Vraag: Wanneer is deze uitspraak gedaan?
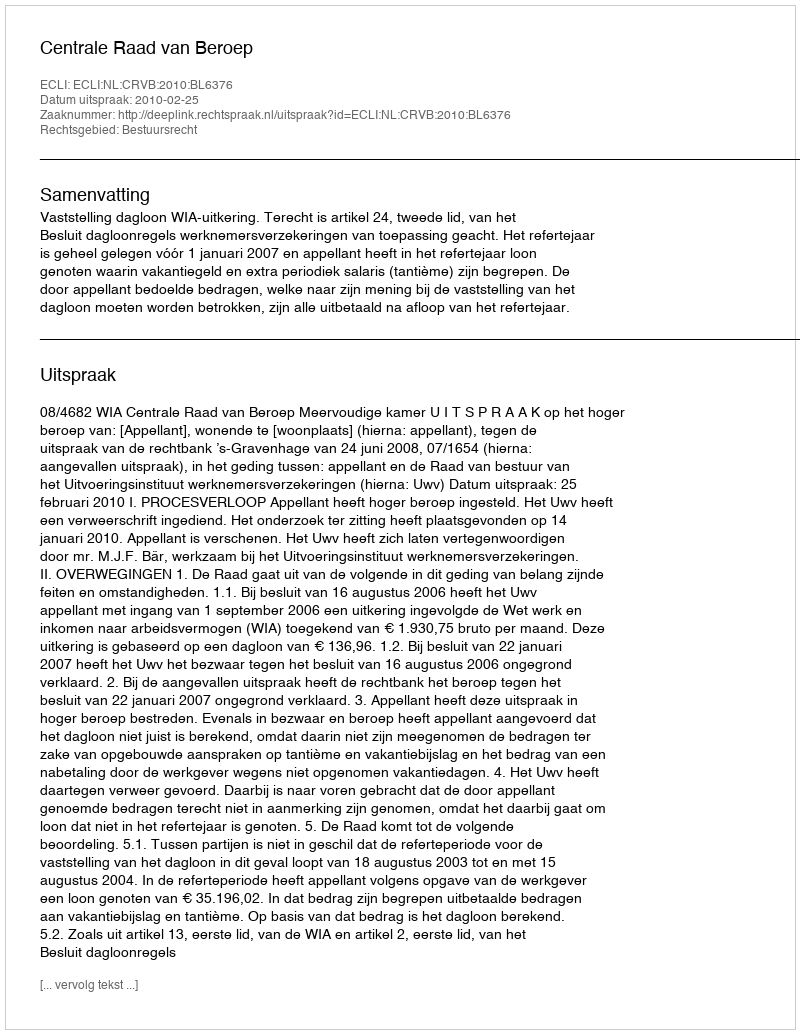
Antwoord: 2010-02-25